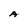
Character: A